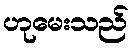
ဟုမေးသည်